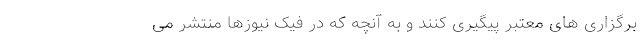
برگزاری های معتبر پیگیری کنند و به آنچه که در فیک نیوزها منتشر می